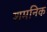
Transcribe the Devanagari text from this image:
शमनिक